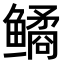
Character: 𫚪